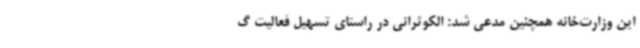
این وزارت‌خانه همچنین مدعی شد: الکوثرانی در راستای تسهیل فعالیت گ